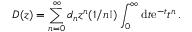
D ( z ) = \sum _ { n = 0 } ^ { \infty } d _ { n } z ^ { n } ( 1 / n ! ) \int _ { 0 } ^ { \infty } \mathrm { d } t \mathrm { e } ^ { - t } t ^ { n } \, .